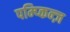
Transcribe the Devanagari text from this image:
पम्प्किन्ज़